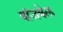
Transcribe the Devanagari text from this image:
बॉजवेल